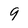
Character: 9